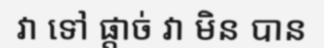
វា ទៅ ផ្តាច់ វា មិន បាន